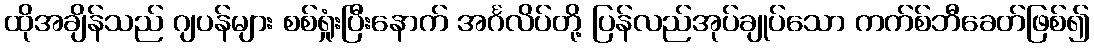
ထိုအချိန်သည် ဂျပန်များ စစ်ရှုံးပြီးနောက် အင်္ဂလိပ်တို့ ပြန်လည်အုပ်ချုပ်သော ကက်စ်ဘီခေတ်ဖြစ်၍